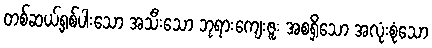
တစ်ဆယ့်ရှစ်ပါးသော အသီးသော ဘုရားကျေးဇူး အစရှိသော အလုံးစုံသော